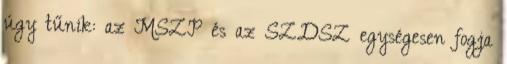
úgy tűnik: az MSZP és az SZDSZ egységesen fogja